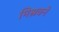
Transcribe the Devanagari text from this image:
मिश्रवने